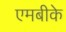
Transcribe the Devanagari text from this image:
एमबीके